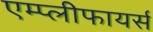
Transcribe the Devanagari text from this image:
एम्प्लीफायर्स